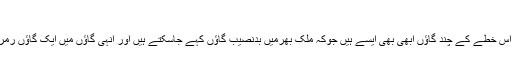
رمرائی گاؤں کی دیگرگوں حالت
مگربہت افسوس کی بات ہے کہ ان سب کوششوں کے باوجود اس خطے کے چند گاؤں ابھی بھی ایسے ہیں جوکہ ملک بھرمیں بدنصیب گاؤں کہے جاسکتے ہیں اور انہی گاؤں میں ایک گاؤں رمرائی ہے جوکہ ارریہ شہر اورجوکی ہاٹ کے درمیان میں ہے۔